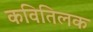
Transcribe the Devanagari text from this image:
कवितिलक